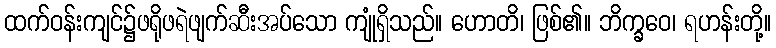
ထက်ဝန်းကျင်၌ဖရိုဖရဲဖျက်ဆီးအပ်သော ကျုံရှိသည်။ ဟောတိ၊ ဖြစ်၏။ ဘိက္ခဝေ၊ ရဟန်းတို့။